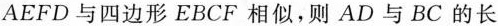
AEFD 四边形 EBCF 相似，则AD与BC的长